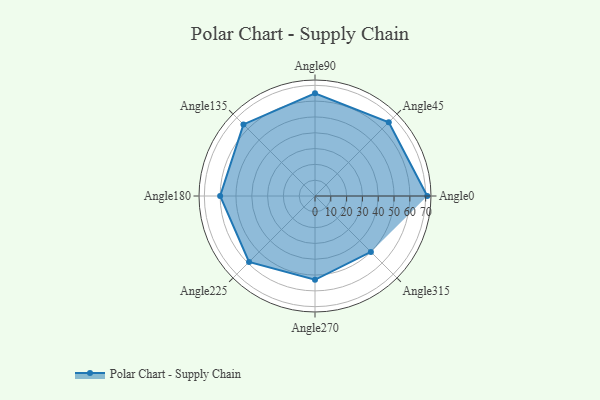
{"axis": {"x": "Angle", "y": "Radius"}, "legend": [""], "data": [{"x": "Angle0", "y": 71.0, "type": ""}, {"x": "Angle45", "y": 66.0, "type": ""}, {"x": "Angle90", "y": 65.0, "type": ""}, {"x": "Angle135", "y": 64.0, "type": ""}, {"x": "Angle180", "y": 60.0, "type": ""}, {"x": "Angle225", "y": 59.0, "type": ""}, {"x": "Angle270", "y": 53.0, "type": ""}, {"x": "Angle315", "y": 50, "type": ""}]}